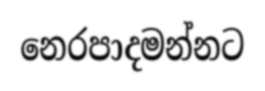
නෙරපාදමන්නට